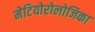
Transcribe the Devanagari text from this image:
मेटियोरोलोजिका